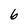
Character: 6